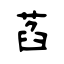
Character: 萏